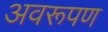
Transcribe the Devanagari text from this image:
अवरूपण